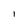
Character: 1